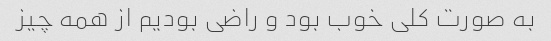
به صورت کلی خوب بود و راضی بودیم از همه چیز